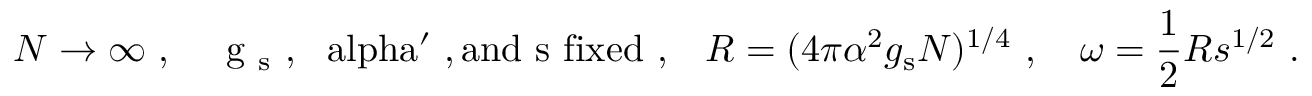
N \to \infty \ , \quad \mathrm { ~ g _ { \mathrm { ~ s } } ~ , ~ \ a l p h a ^ { \prime } ~ , a n d ~ s ~ f i x e d \ , } \quad R = ( 4 \pi \alpha ^ { 2 } g _ { \mathrm { s } } N ) ^ { 1 / 4 } \ , \quad \omega = \frac { 1 } { 2 } R s ^ { 1 / 2 } \ .